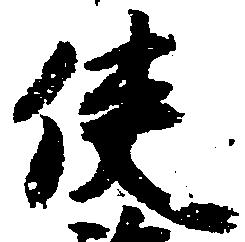
使